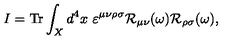
I = \mathrm { T r } \int _ { X } d ^ { 4 } x \ \varepsilon ^ { \mu \nu \rho \sigma } { \cal R } _ { \mu \nu } ( \omega ) { \cal R } _ { \rho \sigma } ( \omega ) ,